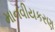
માનવીયકરણ